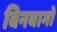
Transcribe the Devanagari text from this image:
विनबागो